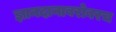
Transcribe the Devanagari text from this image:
ज्ञानदानाबरोबरच